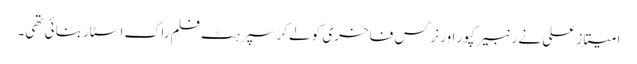
امیتاز علی نے رنبیر کپور اور نرگس فاخری کو لےکر سپرہٹ فلم راک اسٹار بنائی تھی۔